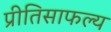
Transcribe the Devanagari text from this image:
प्रीतिसाफल्य